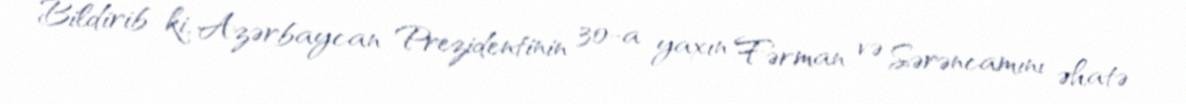
Bildirib ki, Azərbaycan Prezidentinin 30-a yaxın Fərman və Sərəncamını əhatə